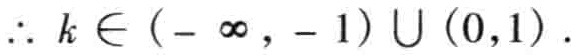
\(\therefore k \in (-\infty, - 1)\cup(0,1)\)